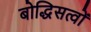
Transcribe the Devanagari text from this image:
बोद्धिसत्वों